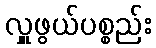
လှူဖွယ်ပစ္စည်း